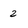
Character: 2